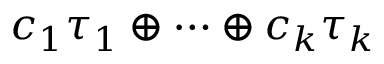
c _ { 1 } \tau _ { 1 } \oplus \cdots \oplus c _ { k } \tau _ { k }